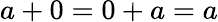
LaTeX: a+0=0+a=a